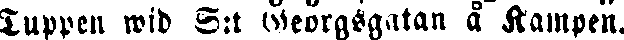
Tuppen wid S:t Georgsgatan å Kampen.